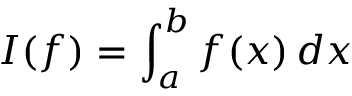
I ( f ) = \int _ { a } ^ { b } f ( x ) \, d x